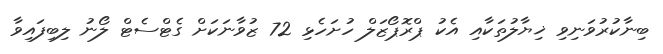
ބިނާކުރުވަނިވި ޚިޔާލުތަކާއި އެކު ޕްރޮޕޯޒަލް ހުށަހެޅި 72 ޒުވާނަކަށް ގެޓްސެޓް ލޯނު ލިބިފައިވާ